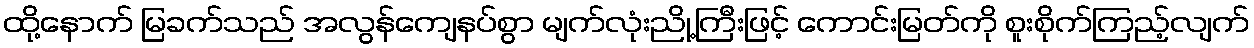
ထို့နောက် မြခက်သည် အလွန်ကျေနပ်စွာ မျက်လုံးညို့ကြီးဖြင့် ကောင်းမြတ်ကို စူးစိုက်ကြည့်လျက်